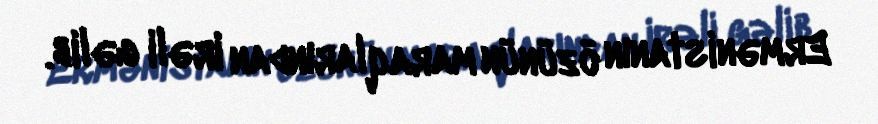
Ermənistanın özünün maraqlarından irəli gəlib.